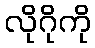
လိုဂိုကို